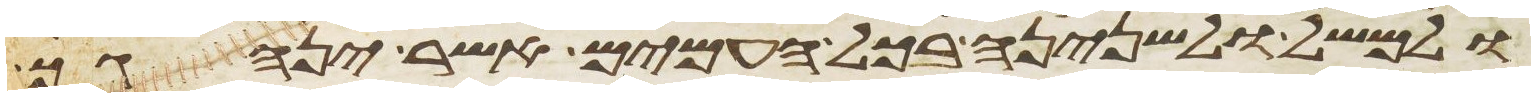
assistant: ולמשל ולשנינה בכל העמים אשר ינהגך